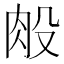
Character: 𰮏